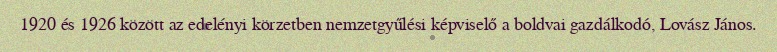
1920 és 1926 között az edelényi körzetben nemzetgyűlési képviselő a boldvai gazdálkodó, Lovász János.